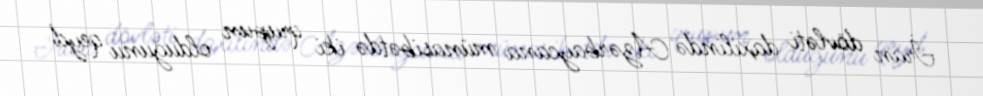
İran dövləti daxilində Azərbaycana münasibətdə iki qrupun olduğunu qeyd